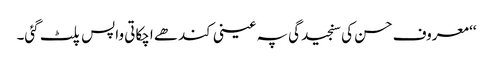
‘‘ معروف حسن کی سنجیدگی پہ عینی کندھے اچکاتی واپس پلٹ گئی۔